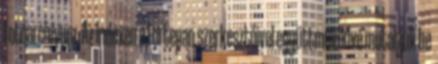
fotóarchívum. Az Indexen a Fortepan szerkesztőivel együttműködve mutatjuk be